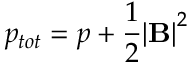
p _ { t o t } = p + \frac 1 2 { | \mathbf { B } | } ^ { 2 }